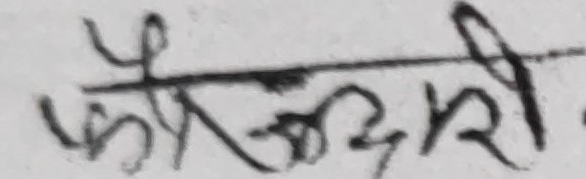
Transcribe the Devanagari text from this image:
फरवरी